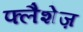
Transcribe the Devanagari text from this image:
फ्लैशेज़